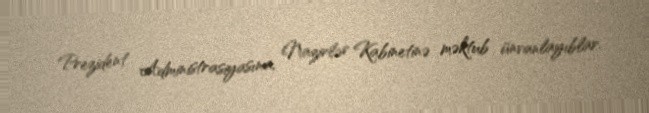
Prezident Administrasiyasına, Nazirlər Kabinetinə məktub ünvanlayıblar.